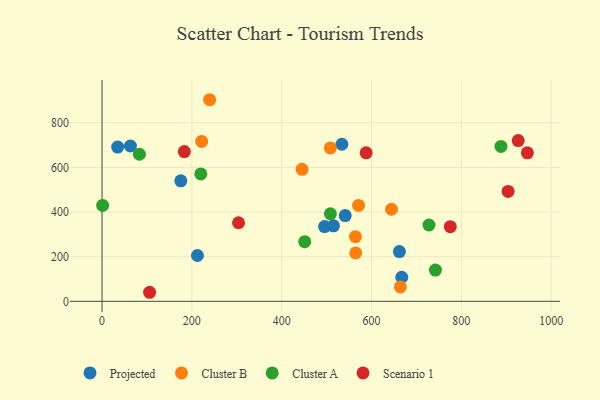
{"axis": {"x": "Engine Size", "y": "Fuel Efficiency"}, "legend": ["Cluster A", "Cluster B", "Projected", "Scenario 1"], "data": [{"x": "34.8", "y": 691.0, "type": "Projected"}, {"x": "667.3", "y": 107.9, "type": "Projected"}, {"x": "63.2", "y": 695.8, "type": "Projected"}, {"x": "212.4", "y": 205.3, "type": "Projected"}, {"x": "515.2", "y": 338.3, "type": "Projected"}, {"x": "662.1", "y": 222.7, "type": "Projected"}, {"x": "175.4", "y": 539.9, "type": "Projected"}, {"x": "495.5", "y": 334.8, "type": "Projected"}, {"x": "534.0", "y": 703.7, "type": "Projected"}, {"x": "541.4", "y": 383.9, "type": "Projected"}, {"x": "239.5", "y": 903.1, "type": "Cluster B"}, {"x": "445.4", "y": 591.5, "type": "Cluster B"}, {"x": "564.7", "y": 217.0, "type": "Cluster B"}, {"x": "221.8", "y": 716.5, "type": "Cluster B"}, {"x": "644.5", "y": 412.4, "type": "Cluster B"}, {"x": "571.1", "y": 429.8, "type": "Cluster B"}, {"x": "664.2", "y": 64.6, "type": "Cluster B"}, {"x": "508.4", "y": 687.3, "type": "Cluster B"}, {"x": "564.2", "y": 289.4, "type": "Cluster B"}, {"x": "742.3", "y": 140.0, "type": "Cluster A"}, {"x": "219.9", "y": 570.6, "type": "Cluster A"}, {"x": "451.2", "y": 267.3, "type": "Cluster A"}, {"x": "727.9", "y": 341.8, "type": "Cluster A"}, {"x": "83.3", "y": 658.9, "type": "Cluster A"}, {"x": "1.3", "y": 429.5, "type": "Cluster A"}, {"x": "888.2", "y": 694.1, "type": "Cluster A"}, {"x": "508.4", "y": 392.2, "type": "Cluster A"}, {"x": "183.3", "y": 670.8, "type": "Scenario 1"}, {"x": "904.1", "y": 492.4, "type": "Scenario 1"}, {"x": "775.4", "y": 334.2, "type": "Scenario 1"}, {"x": "588.0", "y": 665.2, "type": "Scenario 1"}, {"x": "947.0", "y": 665.2, "type": "Scenario 1"}, {"x": "105.9", "y": 40.5, "type": "Scenario 1"}, {"x": "926.6", "y": 720.2, "type": "Scenario 1"}, {"x": "303.9", "y": 351.9, "type": "Scenario 1"}]}